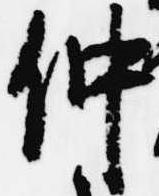
仲